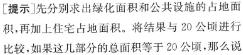
提示：先分别求出绿化面积和公共设施的占地面积，再加上住宅占地面积。若结果与20公顷进行比较。